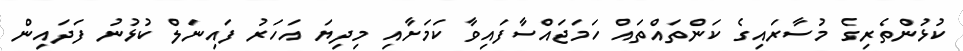
ކުޅުންތެރިގެ މުސާރައިގެ ކަންތައްތައް ހަމަޖައްސާފައިވާ ކަމަށާއި މިދިޔަ އަހަރު ފައިނަލް ކުޅުނު ފަދައިން